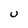
Character: U